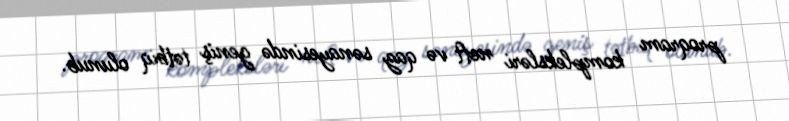
proqram kompleksləri neft və qaz sənayesində geniş tətbiq olunub.